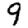
Digit: 9